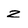
Character: z